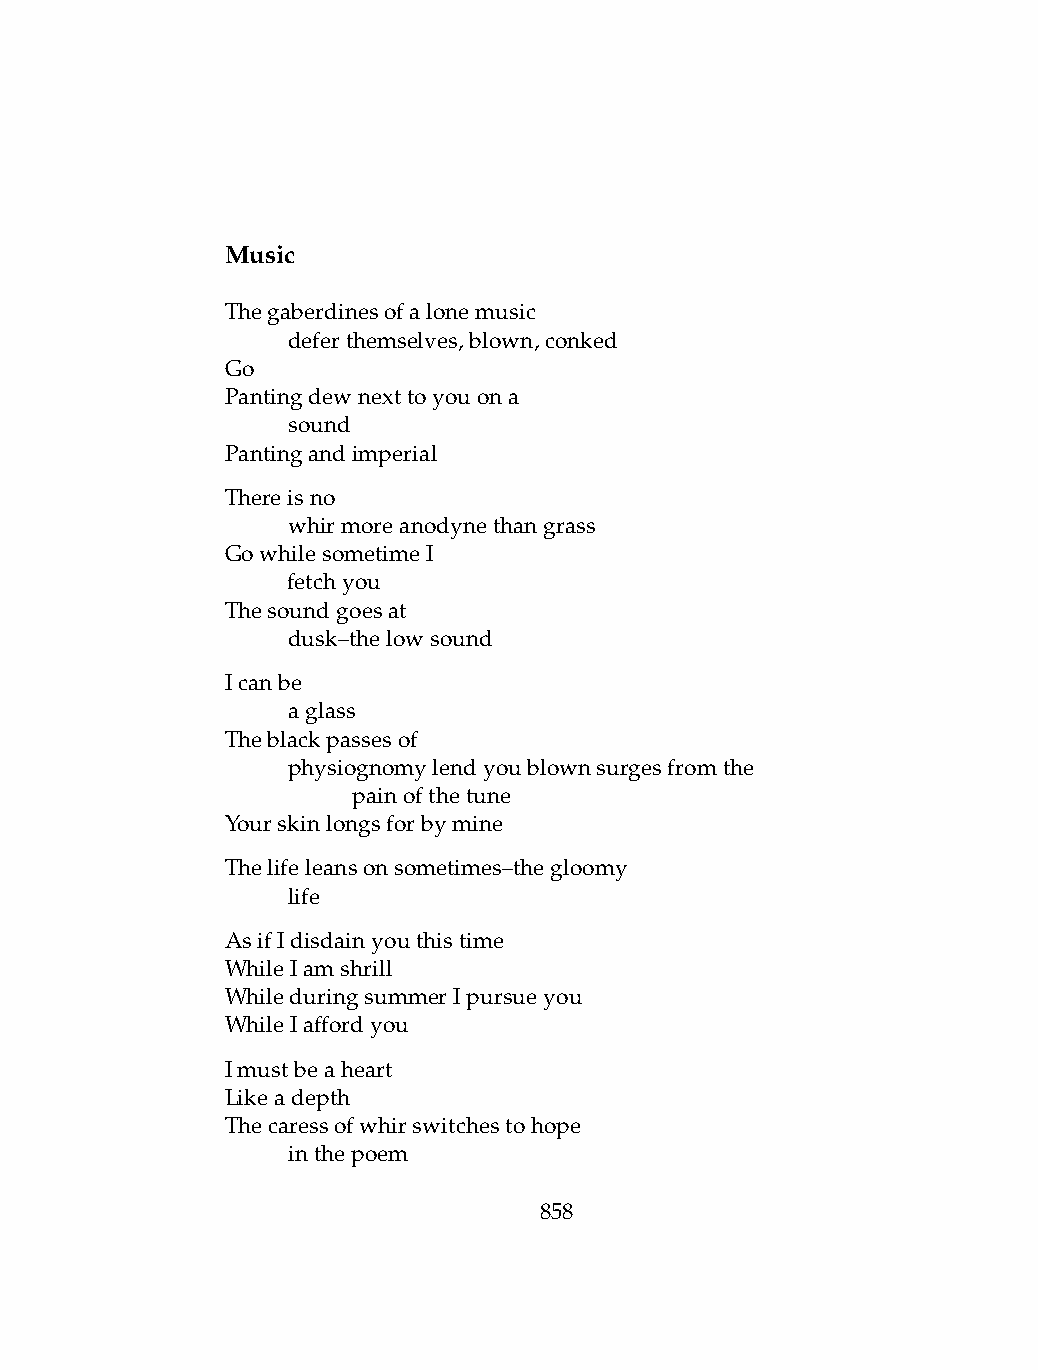
Music
 Thegaberdinesofalonemusic
 .   deferthemselves,blown,conked
 Go
 Pantingdewnexttoyouona
 .   sound
 Pantingandimperial
 Thereisno
 .   whirmoreanodynethangrass
 GowhilesometimeI
 .   fetchyou
 Thesoundgoesat
 .   dusk–thelowsound
 Icanbe
 .   aglass
 Theblackpassesof
 .   physiognomylendyoublownsurgesfromthe
 .   .   painofthetune
 Yourskinlongsforbymine
 Thelifeleansonsometimes–thegloomy
 .   life
 AsifIdisdainyouthistime
 WhileIamshrill
 WhileduringsummerIpursueyou
 WhileIaffordyou
 Imustbeaheart
 Likeadepth
 Thecaressofwhirswitchestohope
 .   inthepoem
 858